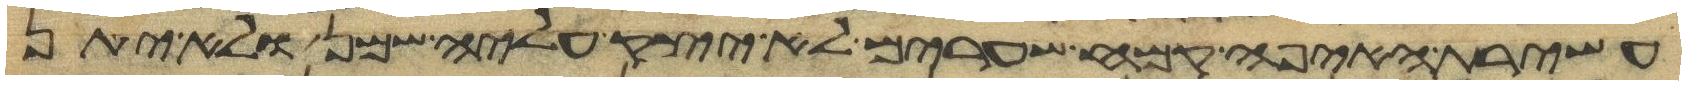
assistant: עשירת האיפה קמח שערים לא יצק עליה שמן ולא יתן